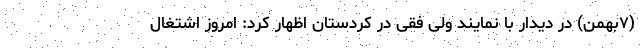
(۷بهمن) در دیدار با نمایند ولی فقی در کردستان اظهار کرد: امروز اشتغال